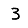
Digit: 3